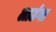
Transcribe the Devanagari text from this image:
लाउंगा